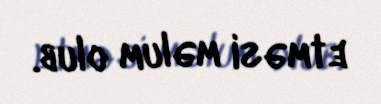
etməsi məlum olub.